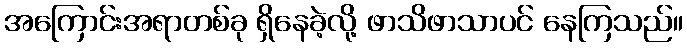
အကြောင်းအရာတစ်ခု ရှိနေခဲ့လို့ ဖာသိဖာသာပင် နေကြသည်။